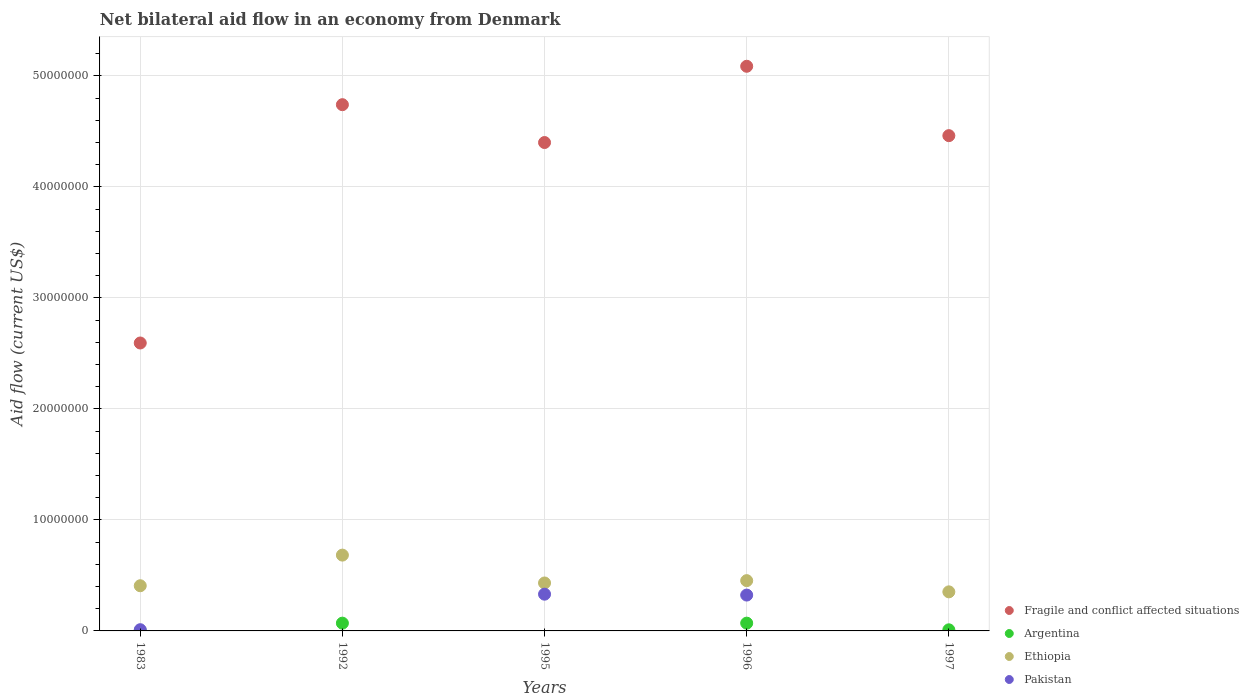
| Years | Fragile and conflict affected situations | Argentina | Ethiopia | Pakistan |
 | --- | --- | --- | --- | --- |
 | 1983 | 2.59e+07 | 1e+04 | 4.07e+06 | 1.1e+05 |
 | 1992 | 4.74e+07 | 7e+05 | 6.83e+06 | -1.68e+06 |
 | 1995 | 4.4e+07 | -9.3e+05 | 4.32e+06 | 3.31e+06 |
 | 1996 | 5.09e+07 | 7e+05 | 4.53e+06 | 3.23e+06 |
 | 1997 | 4.46e+07 | 1e+05 | 3.52e+06 | -2.65e+06 |